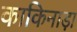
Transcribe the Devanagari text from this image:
काकिनाड़ा